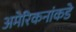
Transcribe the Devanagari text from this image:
अमेरिकनांकडे